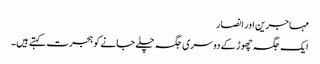
مہاجرین اور انصار
ایک جگہ چھوڑ کے دوسری جگہ چلے جانے کو ہجرت کہتے ہیں۔